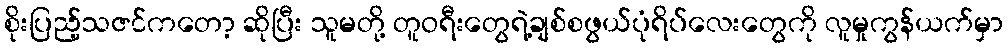
စိုးပြည့်သဇင်ကတော့ ဆိုပြီး သူမတို့ တူဝရီးတွေရဲ့ချစ်စဖွယ်ပုံရိပ်လေးတွေကို လူမှုကွန်ယက်မှာ